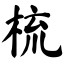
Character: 梳